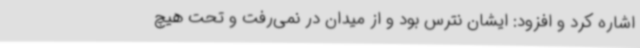
اشاره کرد و افزود: ایشان نترس بود و از میدان در نمی‌رفت و تحت هیچ